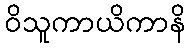
ဝိသူကာယိကာနိ